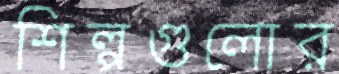
শিল্পগুলোর